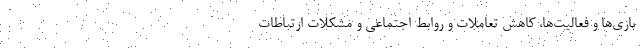
بازی‌ها و فعالیت‌ها، کاهش تعاملات و روابط اجتماعی و مشکلات ارتباطات